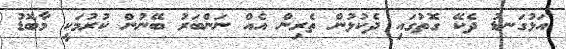
އަޅުގަނޑު ދެކޭ ގޮތުގައި ދެކުޅުން ތެރިން އެއް ނަންބަރު ބޭނުން ކުރުމަކީ މާބޮޑު